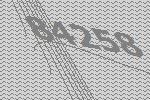
84258